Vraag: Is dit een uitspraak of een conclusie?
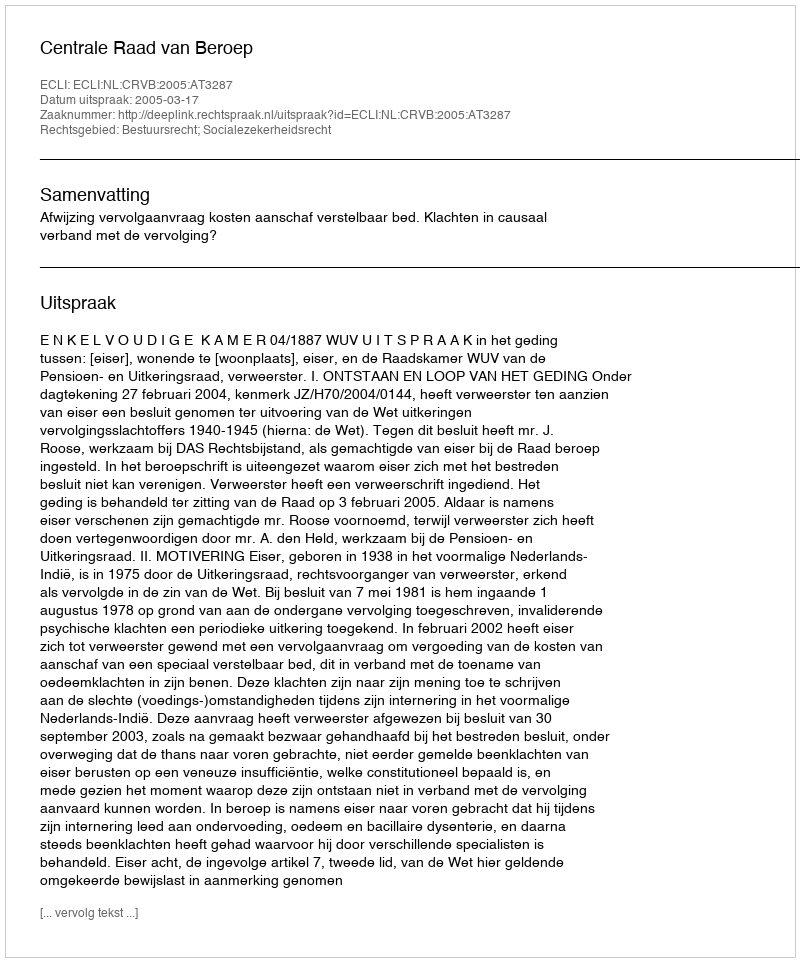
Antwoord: Uitspraak